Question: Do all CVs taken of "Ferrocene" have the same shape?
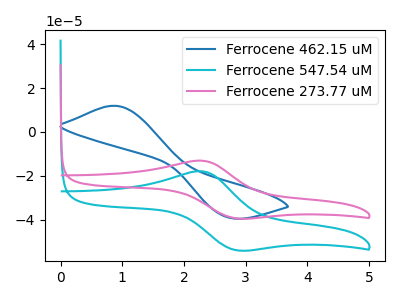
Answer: <think>The blue curve "Ferrocene 462.15 uM" has an anodic peak at (0.85V, 11.90uA) and a cathodic peak at (2.70V, -38.90uA). The cyan curve "Ferrocene 547.54 uM" has an anodic peak at (2.30V, -17.95uA) and a cathodic peak at (2.85V, -53.90uA). The pink curve "Ferrocene 273.77 uM" has an anodic peak at (2.30V, -13.10uA) and a cathodic peak at (2.85V, -39.40uA).
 "Ferrocene 462.15 uM" and "Ferrocene 547.54 uM" have at least one peak that do not match. "Ferrocene 462.15 uM" and "Ferrocene 273.77 uM" have at least one peak that do not match. All the peaks in "Ferrocene 547.54 uM" have a peak in "Ferrocene 273.77 uM" at the same potential.</think>
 <answer>All the CV's of "Ferrocene" have similar shape.</answer>
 <eval>follow_rule</eval>